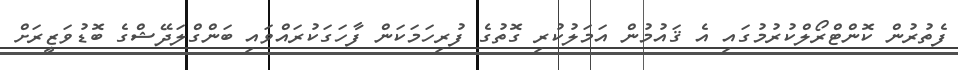
ފެތުރުން ކޮންޓްރޯލްކުރުމުގައި އެ ޤައުމުން އަމަލުކުރި ގޮތުގެ ފުރިހަމަކަން ފާހަގަކުރައްވައި ބަންގްލަދޭޝްގެ ބޮޑުވަޒީރަށް